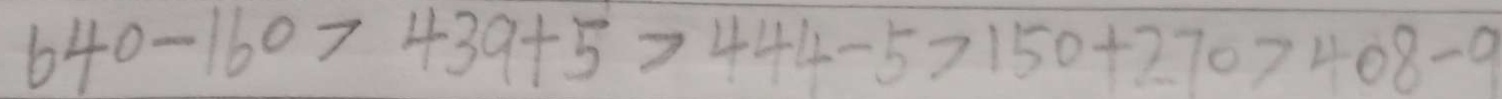
6 4 0 - 1 6 0 > 4 3 9 + 5 > 4 4 4 - 5 > 1 5 0 + 2 7 0 > 4 0 8 - 9